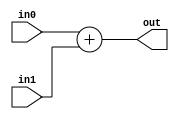
// EECE3324 
// Computer Architecture
// Final Project
// Kevin Wong & Jonathan Marrero

// 32-bit adder

module Adder(in0, in1, out);
  input [31:0] in0, in1;
  output reg [31:0] out;
  
  always @ (in0 or in1) begin
    out = in0 + in1;
  end
  
endmodule